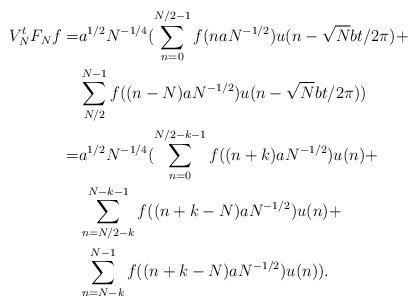
LaTeX: \begin{align*}V_N^tF_Nf= & a^{1/2}N^{-1/4}(\sum_{n=0}^{N/2-1}f(naN^{-1/2})u(n-\sqrt{N}bt/2\pi)+\\& \sum_{N/2}^{N-1}f((n-N)aN^{-1/2})u(n-\sqrt{N}bt/2\pi))\\= &a^{1/2}N^{-1/4}(\sum_{n=0}^{N/2-k-1}f((n+k)aN^{-1/2})u(n)+\\& \sum_{n=N/2-k}^{N-k-1}f((n+k-N)aN^{-1/2})u(n)+\\& \sum_{n=N-k}^{N-1}f((n+k-N)aN^{-1/2})u(n)).\end{align*}